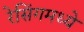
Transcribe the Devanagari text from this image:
रेसिंगमध्ये